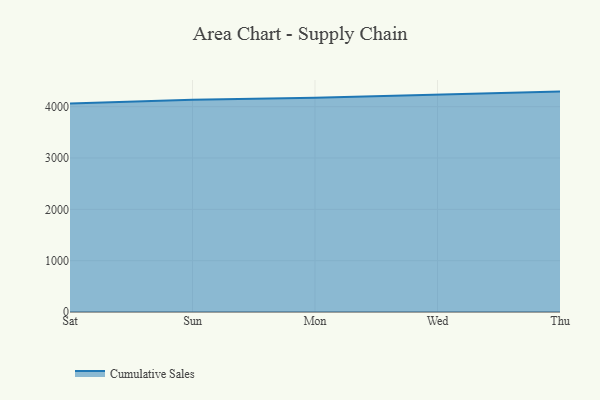
{"axis": {"x": "Day", "y": "Backlog"}, "legend": ["Cumulative Sales"], "data": [{"x": "Sat", "y": 4060.9, "type": "Cumulative Sales"}, {"x": "Sun", "y": 4136.7, "type": "Cumulative Sales"}, {"x": "Mon", "y": 4174.8, "type": "Cumulative Sales"}, {"x": "Wed", "y": 4238.8, "type": "Cumulative Sales"}, {"x": "Thu", "y": 4293.8, "type": "Cumulative Sales"}]}